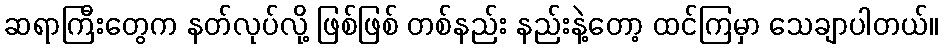
ဆရာကြီးတွေက နတ်လုပ်လို့ ဖြစ်ဖြစ် တစ်နည်း နည်းနဲ့တော့ ထင်ကြမှာ သေချာပါတယ်။